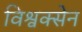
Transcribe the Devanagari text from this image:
विश्वक्सेन